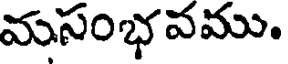
మసంభవము.